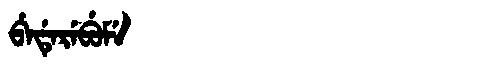
Manchu: ᠪᡝᡩᡝᡵᡝᠪᡠᠮᡝ
Romanization: BEDEREBUME